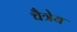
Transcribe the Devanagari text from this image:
चैत्रेय